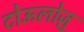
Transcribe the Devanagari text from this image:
टोऊलोज़ु